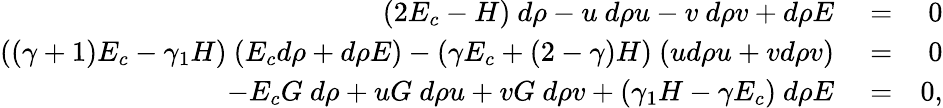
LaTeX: \begin{array}{rlr}{(2E_{c}-H)~d\rho-u~d\rho u-v~d\rho v+d\rho E}&{{}=}&{0}\\ {((\gamma+1)E_{c}-\gamma_{1}H)~(E_{c}d\rho+d\rho E)-(\gamma E_{c}+(2-\gamma)H)~(ud\rho u+vd\rho v)}&{{}=}&{0}\\ {-E_{c}G~d\rho+uG~d\rho u+vG~d\rho v+(\gamma_{1}H-\gamma E_{c})~d\rho E}&{{}=}&{0,}\end{array}